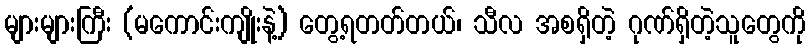
များများကြီး (မကောင်းကျိုးနဲ့) တွေ့ရတတ်တယ်၊ သီလ အစရှိတဲ့ ဂုဏ်ရှိတဲ့သူတွေကို